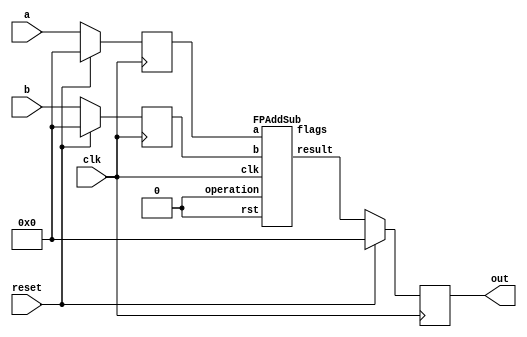
`define BFLOAT16 
`define VCS
`define EXPONENT 8
`define MANTISSA 7
`define EXPONENT 5
`define MANTISSA 10
`define SIGN 1
`define DWIDTH (`SIGN+`EXPONENT+`MANTISSA)
`define AWIDTH 10
`define MEM_SIZE 1024
`define DESIGN_SIZE 12
`define CU_SIZE 4
`define MASK_WIDTH 4
`define MEM_ACCESS_LATENCY 1
`define REG_DATAWIDTH 32
`define REG_ADDRWIDTH 8
`define ITERATIONS_WIDTH 32
`define REG_STDN_ADDR 32'h4
`define REG_MATRIX_A_ADDR 32'he
`define REG_MATRIX_B_ADDR 32'h12
`define REG_MATRIX_C_ADDR 32'h16
`define REG_VALID_MASK_A_ADDR 32'h20
`define REG_VALID_MASK_B_ADDR 32'h5c
`define REG_ITERATIONS_ADDR 32'h40
`define PE_PIPELINE_DEPTH 5
`define IDLE     2'b00
`define W_ENABLE  2'b01
`define R_ENABLE  2'b10

module seq_sub(a, b, out, reset, clk);
input [`DWIDTH-1:0] a;
input [`DWIDTH-1:0] b;
input reset;
input clk;
output [`DWIDTH-1:0] out;

reg [`DWIDTH-1:0] a_flopped;
reg [`DWIDTH-1:0] b_flopped;

wire [`DWIDTH-1:0] sub_out_temp;
reg [`DWIDTH-1:0] sub_out_temp_reg;

always @(posedge clk) begin
  if (reset) begin
    a_flopped <= 0;
    b_flopped <= 0;
  end else begin
    a_flopped <= a;
    b_flopped <= b;
  end
end

//assign sub_out_temp = a - b;
//Floating point adder has both modes - add and sub.
//We don't provide the name of the mode here though.

`ifdef complex_dsp
adder_fp_clk sub_u1(.clk(clk), .a(a_flopped), .b(b_flopped), .out(sub_out_temp));
`else
FPAddSub u_FPAddSub2(.clk(clk), .rst(1'b0), .a(a_flopped), .b(b_flopped), .operation(1'b0), .result(sub_out_temp), .flags());
`endif

always @(posedge clk) begin
  if (reset) begin
    sub_out_temp_reg <= 0;
  end else begin
    sub_out_temp_reg <= sub_out_temp;
  end
end

assign out = sub_out_temp_reg;

endmodule
module FPAddSub(
		//bf16,
		clk,
		rst,
		a,
		b,
		operation,			// 0 add, 1 sub
		result,
		flags
	);
	//input bf16; //1 for Bfloat16, 0 for IEEE half precision

	// Clock and reset
	input clk ;										// Clock signal
	input rst ;										// Reset (active high, resets pipeline registers)
	
	// Input ports
	input [`DWIDTH-1:0] a ;								// Input A, a 32-bit floating point number
	input [`DWIDTH-1:0] b ;								// Input B, a 32-bit floating point number
	input operation ;								// Operation select signal
	
	// Output ports
	output [`DWIDTH-1:0] result ;						// Result of the operation
	output [4:0] flags ;							// Flags indicating exceptions according to IEEE754
	
	// Pipeline Registers
	//reg [79:0] pipe_1;							// Pipeline register PreAlign->Align1
	reg [2*`EXPONENT + 2*`DWIDTH + 5:0] pipe_1;							// Pipeline register PreAlign->Align1

	//reg [67:0] pipe_2;							// Pipeline register Align1->Align3
	//reg [2*`EXPONENT+ 2*`MANTISSA + 8:0] pipe_2;							// Pipeline register Align1->Align3
	wire [2*`EXPONENT+ 2*`MANTISSA + 8:0] pipe_2;

	//reg [76:0] pipe_3;	68						// Pipeline register Align1->Align3
	reg [2*`EXPONENT+ 2*`MANTISSA + 9:0] pipe_3;							// Pipeline register Align1->Align3

	//reg [69:0] pipe_4;							// Pipeline register Align3->Execute
	//reg [2*`EXPONENT+ 2*`MANTISSA + 9:0] pipe_4;							// Pipeline register Align3->Execute
	wire [2*`EXPONENT+ 2*`MANTISSA + 9:0] pipe_4;
	
	//reg [51:0] pipe_5;							// Pipeline register Execute->Normalize
	reg [`DWIDTH+`EXPONENT+11:0] pipe_5;							// Pipeline register Execute->Normalize

	//reg [56:0] pipe_6;							// Pipeline register Nomalize->NormalizeShift1
	//reg [`DWIDTH+`EXPONENT+16:0] pipe_6;							// Pipeline register Nomalize->NormalizeShift1
	wire [`DWIDTH+`EXPONENT+16:0] pipe_6;

	//reg [56:0] pipe_7;							// Pipeline register NormalizeShift2->NormalizeShift3
	//reg [`DWIDTH+`EXPONENT+16:0] pipe_7;							// Pipeline register NormalizeShift2->NormalizeShift3
	wire [`DWIDTH+`EXPONENT+16:0] pipe_7;
	//reg [54:0] pipe_8;							// Pipeline register NormalizeShift3->Round
	reg [`EXPONENT*2+`MANTISSA+15:0] pipe_8;							// Pipeline register NormalizeShift3->Round

	//reg [40:0] pipe_9;							// Pipeline register NormalizeShift3->Round
	//reg [`DWIDTH+8:0] pipe_9;							// Pipeline register NormalizeShift3->Round
	wire [`DWIDTH+8:0] pipe_9;

	// Internal wires between modules
	wire [`DWIDTH-2:0] Aout_0 ;							// A - sign
	wire [`DWIDTH-2:0] Bout_0 ;							// B - sign
	wire Opout_0 ;									// A's sign
	wire Sa_0 ;										// A's sign
	wire Sb_0 ;										// B's sign
	wire MaxAB_1 ;									// Indicates the larger of A and B(0/A, 1/B)
	wire [`EXPONENT-1:0] CExp_1 ;							// Common Exponent
	wire [`EXPONENT-1:0] Shift_1 ;							// Number of steps to smaller mantissa shift right (align)
	wire [`MANTISSA-1:0] Mmax_1 ;							// Larger mantissa
	wire [4:0] InputExc_0 ;						// Input numbers are exceptions
	wire [2*`EXPONENT-1:0] ShiftDet_0 ;
	wire [`MANTISSA-1:0] MminS_1 ;						// Smaller mantissa after 0/16 shift
	wire [`MANTISSA:0] MminS_2 ;						// Smaller mantissa after 0/4/8/12 shift
	wire [`MANTISSA:0] Mmin_3 ;							// Smaller mantissa after 0/1/2/3 shift
	wire [`DWIDTH:0] Sum_4 ;
	wire PSgn_4 ;
	wire Opr_4 ;
	wire [`EXPONENT-1:0] Shift_5 ;							// Number of steps to shift sum left (normalize)
	wire [`DWIDTH:0] SumS_5 ;							// Sum after 0/16 shift
	wire [`DWIDTH:0] SumS_6 ;							// Sum after 0/16 shift
	wire [`DWIDTH:0] SumS_7 ;							// Sum after 0/16 shift
	wire [`MANTISSA-1:0] NormM_8 ;						// Normalized mantissa
	wire [`EXPONENT:0] NormE_8;							// Adjusted exponent
	wire ZeroSum_8 ;								// Zero flag
	wire NegE_8 ;									// Flag indicating negative exponent
	wire R_8 ;										// Round bit
	wire S_8 ;										// Final sticky bit
	wire FG_8 ;										// Final sticky bit
	wire [`DWIDTH-1:0] P_int ;
	wire EOF ;
	
	// Prepare the operands for alignment and check for exceptions
	FPAddSub_PrealignModule PrealignModule
	(	// Inputs
		a, b, operation,
		// Outputs
		Sa_0, Sb_0, ShiftDet_0[2*`EXPONENT-1:0], InputExc_0[4:0], Aout_0[`DWIDTH-2:0], Bout_0[`DWIDTH-2:0], Opout_0) ;
		
	// Prepare the operands for alignment and check for exceptions
	FPAddSub_AlignModule AlignModule
	(	// Inputs
		pipe_1[2*`EXPONENT + 2*`DWIDTH + 4: 2*`EXPONENT +`DWIDTH + 6], pipe_1[2*`EXPONENT +`DWIDTH + 5 :  2*`EXPONENT +7], pipe_1[2*`EXPONENT+4:5],
		// Outputs
		CExp_1[`EXPONENT-1:0], MaxAB_1, Shift_1[`EXPONENT-1:0], MminS_1[`MANTISSA-1:0], Mmax_1[`MANTISSA-1:0]) ;	

	// Alignment Shift Stage 1
	FPAddSub_AlignShift1 AlignShift1
	(  // Inputs
		//bf16, 
		pipe_2[`MANTISSA-1:0], pipe_2[`EXPONENT+ 2*`MANTISSA + 4 : 2*`MANTISSA + 7],
		// Outputs
		MminS_2[`MANTISSA:0]) ;

	// Alignment Shift Stage 3 and compution of guard and sticky bits
	FPAddSub_AlignShift2 AlignShift2  
	(  // Inputs
		pipe_3[`MANTISSA:0], pipe_3[2*`MANTISSA+7:2*`MANTISSA+6],
		// Outputs
		Mmin_3[`MANTISSA:0]) ;
						
	// Perform mantissa addition
	FPAddSub_ExecutionModule ExecutionModule
	(  // Inputs
		pipe_4[`MANTISSA*2+5:`MANTISSA+6], pipe_4[`MANTISSA:0], pipe_4[2*`EXPONENT+ 2*`MANTISSA + 8], pipe_4[2*`EXPONENT+ 2*`MANTISSA + 7], pipe_4[2*`EXPONENT+ 2*`MANTISSA + 6], pipe_4[2*`EXPONENT+ 2*`MANTISSA + 9],
		// Outputs
		Sum_4[`DWIDTH:0], PSgn_4, Opr_4) ;
	
	// Prepare normalization of result
	FPAddSub_NormalizeModule NormalizeModule
	(  // Inputs
		pipe_5[`DWIDTH:0], 
		// Outputs
		SumS_5[`DWIDTH:0], Shift_5[4:0]) ;
					
	// Normalization Shift Stage 1
	FPAddSub_NormalizeShift1 NormalizeShift1
	(  // Inputs
		pipe_6[`DWIDTH:0], pipe_6[`DWIDTH+`EXPONENT+14:`DWIDTH+`EXPONENT+11],
		// Outputs
		SumS_7[`DWIDTH:0]) ;
		
	// Normalization Shift Stage 3 and final guard, sticky and round bits
	FPAddSub_NormalizeShift2 NormalizeShift2
	(  // Inputs
		pipe_7[`DWIDTH:0], pipe_7[`DWIDTH+`EXPONENT+5:`DWIDTH+6], pipe_7[`DWIDTH+`EXPONENT+15:`DWIDTH+`EXPONENT+11],
		// Outputs
		NormM_8[`MANTISSA-1:0], NormE_8[`EXPONENT:0], ZeroSum_8, NegE_8, R_8, S_8, FG_8) ;

	// Round and put result together
	FPAddSub_RoundModule RoundModule
	(  // Inputs
		 pipe_8[3], pipe_8[4+`EXPONENT:4], pipe_8[`EXPONENT+`MANTISSA+4:5+`EXPONENT], pipe_8[1], pipe_8[0], pipe_8[`EXPONENT*2+`MANTISSA+15], pipe_8[`EXPONENT*2+`MANTISSA+12], pipe_8[`EXPONENT*2+`MANTISSA+11], pipe_8[`EXPONENT*2+`MANTISSA+14], pipe_8[`EXPONENT*2+`MANTISSA+10], 
		// Outputs
		P_int[`DWIDTH-1:0], EOF) ;
	
	// Check for exceptions
	FPAddSub_ExceptionModule Exceptionmodule
	(  // Inputs
		pipe_9[8+`DWIDTH:9], pipe_9[8], pipe_9[7], pipe_9[6], pipe_9[5:1], pipe_9[0], 
		// Outputs
		result[`DWIDTH-1:0], flags[4:0]) ;			
	

assign pipe_2 = {pipe_1[2*`EXPONENT + 2*`DWIDTH + 5], pipe_1[2*`EXPONENT +6:2*`EXPONENT +5], MaxAB_1, CExp_1[`EXPONENT-1:0], Shift_1[`EXPONENT-1:0], Mmax_1[`MANTISSA-1:0], pipe_1[4:0], MminS_1[`MANTISSA-1:0]} ;
assign pipe_4 = {pipe_3[2*`EXPONENT+ 2*`MANTISSA + 9:`MANTISSA+1], Mmin_3[`MANTISSA:0]} ;
assign pipe_6 = {pipe_5[`DWIDTH+`EXPONENT+11], Shift_5[4:0], pipe_5[`DWIDTH+`EXPONENT+10:`DWIDTH+1], SumS_5[`DWIDTH:0]} ;
assign pipe_7 = {pipe_6[`DWIDTH+`EXPONENT+16:`DWIDTH+1], SumS_7[`DWIDTH:0]} ;
assign pipe_9 = {P_int[`DWIDTH-1:0], pipe_8[2], pipe_8[1], pipe_8[0], pipe_8[`EXPONENT+`MANTISSA+9:`EXPONENT+`MANTISSA+5], EOF} ;

	always @ (posedge clk) begin	
		if(rst) begin
			pipe_1 <= 0;
			//pipe_2 <= 0;
			pipe_3 <= 0;
			//pipe_4 <= 0;
			pipe_5 <= 0;
			//pipe_6 <= 0;
			//pipe_7 <= 0;
			pipe_8 <= 0;
			//pipe_9 <= 0;
		end 
		else begin
/* PIPE_1:
	[2*`EXPONENT + 2*`DWIDTH + 5]  Opout_0
	[2*`EXPONENT + 2*`DWIDTH + 4: 2*`EXPONENT +`DWIDTH + 6] A_out0
	[2*`EXPONENT +`DWIDTH + 5 :  2*`EXPONENT +7] Bout_0
	[2*`EXPONENT +6] Sa_0
	[2*`EXPONENT +5] Sb_0
	[2*`EXPONENT +4 : 5] ShiftDet_0
	[4:0] Input Exc
*/
			pipe_1 <= {Opout_0, Aout_0[`DWIDTH-2:0], Bout_0[`DWIDTH-2:0], Sa_0, Sb_0, ShiftDet_0[2*`EXPONENT -1:0], InputExc_0[4:0]} ;	
/* PIPE_2
[2*`EXPONENT+ 2*`MANTISSA + 8] operation
[2*`EXPONENT+ 2*`MANTISSA + 7] Sa_0
[2*`EXPONENT+ 2*`MANTISSA + 6] Sb_0
[2*`EXPONENT+ 2*`MANTISSA + 5] MaxAB_0
[2*`EXPONENT+ 2*`MANTISSA + 4:`EXPONENT+ 2*`MANTISSA + 5] CExp_0
[`EXPONENT+ 2*`MANTISSA + 4 : 2*`MANTISSA + 5] Shift_0
[2*`MANTISSA + 4:`MANTISSA + 5] Mmax_0
[`MANTISSA + 4 : `MANTISSA] InputExc_0
[`MANTISSA-1:0] MminS_1
*/
			//pipe_2 <= {pipe_1[2*`EXPONENT + 2*`DWIDTH + 5], pipe_1[2*`EXPONENT +6:2*`EXPONENT +5], MaxAB_1, CExp_1[`EXPONENT-1:0], Shift_1[`EXPONENT-1:0], Mmax_1[`MANTISSA-1:0], pipe_1[4:0], MminS_1[`MANTISSA-1:0]} ;	
/* PIPE_3
[2*`EXPONENT+ 2*`MANTISSA + 9] operation
[2*`EXPONENT+ 2*`MANTISSA + 8] Sa_0
[2*`EXPONENT+ 2*`MANTISSA + 7] Sb_0
[2*`EXPONENT+ 2*`MANTISSA + 6] MaxAB_0
[2*`EXPONENT+ 2*`MANTISSA + 5:`EXPONENT+ 2*`MANTISSA + 6] CExp_0
[`EXPONENT+ 2*`MANTISSA + 5 : 2*`MANTISSA + 6] Shift_0
[2*`MANTISSA + 5:`MANTISSA + 6] Mmax_0
[`MANTISSA + 5 : `MANTISSA + 1] InputExc_0
[`MANTISSA:0] MminS_2
*/
			pipe_3 <= {pipe_2[2*`EXPONENT+ 2*`MANTISSA + 8:`MANTISSA], MminS_2[`MANTISSA:0]} ;	
/* PIPE_4
[2*`EXPONENT+ 2*`MANTISSA + 9] operation
[2*`EXPONENT+ 2*`MANTISSA + 8] Sa_0
[2*`EXPONENT+ 2*`MANTISSA + 7] Sb_0
[2*`EXPONENT+ 2*`MANTISSA + 6] MaxAB_0
[2*`EXPONENT+ 2*`MANTISSA + 5:`EXPONENT+ 2*`MANTISSA + 6] CExp_0
[`EXPONENT+ 2*`MANTISSA + 5 : 2*`MANTISSA + 6] Shift_0
[2*`MANTISSA + 5:`MANTISSA + 6] Mmax_0
[`MANTISSA + 5 : `MANTISSA + 1] InputExc_0
[`MANTISSA:0] MminS_3
*/				
			//pipe_4 <= {pipe_3[2*`EXPONENT+ 2*`MANTISSA + 9:`MANTISSA+1], Mmin_3[`MANTISSA:0]} ;	
/* PIPE_5 :
[`DWIDTH+ `EXPONENT + 11] operation
[`DWIDTH+ `EXPONENT + 10] PSgn_4
[`DWIDTH+ `EXPONENT + 9] Opr_4
[`DWIDTH+ `EXPONENT + 8] Sa_0
[`DWIDTH+ `EXPONENT + 7] Sb_0
[`DWIDTH+ `EXPONENT + 6] MaxAB_0
[`DWIDTH+ `EXPONENT + 5 :`DWIDTH+6] CExp_0
[`DWIDTH+5:`DWIDTH+1] InputExc_0
[`DWIDTH:0] Sum_4
*/					
			pipe_5 <= {pipe_4[2*`EXPONENT+ 2*`MANTISSA + 9], PSgn_4, Opr_4, pipe_4[2*`EXPONENT+ 2*`MANTISSA + 8:`EXPONENT+ 2*`MANTISSA + 6], pipe_4[`MANTISSA+5:`MANTISSA+1], Sum_4[`DWIDTH:0]} ;
/* PIPE_6 :
[`DWIDTH+ `EXPONENT + 16] operation
[`DWIDTH+ `EXPONENT + 15:`DWIDTH+ `EXPONENT + 11] Shift_5
[`DWIDTH+ `EXPONENT + 10] PSgn_4
[`DWIDTH+ `EXPONENT + 9] Opr_4
[`DWIDTH+ `EXPONENT + 8] Sa_0
[`DWIDTH+ `EXPONENT + 7] Sb_0
[`DWIDTH+ `EXPONENT + 6] MaxAB_0
[`DWIDTH+ `EXPONENT + 5 :`DWIDTH+6] CExp_0
[`DWIDTH+5:`DWIDTH+1] InputExc_0
[`DWIDTH:0] Sum_4
*/				
			//pipe_6 <= {pipe_5[`DWIDTH+`EXPONENT+11], Shift_5[4:0], pipe_5[`DWIDTH+`EXPONENT+10:`DWIDTH+1], SumS_5[`DWIDTH:0]} ;	
/* PIPE_7 :
[`DWIDTH+ `EXPONENT + 16] operation
[`DWIDTH+ `EXPONENT + 15:`DWIDTH+ `EXPONENT + 11] Shift_5
[`DWIDTH+ `EXPONENT + 10] PSgn_4
[`DWIDTH+ `EXPONENT + 9] Opr_4
[`DWIDTH+ `EXPONENT + 8] Sa_0
[`DWIDTH+ `EXPONENT + 7] Sb_0
[`DWIDTH+ `EXPONENT + 6] MaxAB_0
[`DWIDTH+ `EXPONENT + 5 :`DWIDTH+6] CExp_0
[`DWIDTH+5:`DWIDTH+1] InputExc_0
[`DWIDTH:0] Sum_4
*/						
			//pipe_7 <= {pipe_6[`DWIDTH+`EXPONENT+16:`DWIDTH+1], SumS_7[`DWIDTH:0]} ;	
/* PIPE_8:
[2*`EXPONENT + `MANTISSA + 15] FG_8 
[2*`EXPONENT + `MANTISSA + 14] operation
[2*`EXPONENT + `MANTISSA + 13] PSgn_4
[2*`EXPONENT + `MANTISSA + 12] Sa_0
[2*`EXPONENT + `MANTISSA + 11] Sb_0
[2*`EXPONENT + `MANTISSA + 10] MaxAB_0
[2*`EXPONENT + `MANTISSA + 9:`EXPONENT + `MANTISSA + 10] CExp_0
[`EXPONENT + `MANTISSA + 9:`EXPONENT + `MANTISSA + 5] InputExc_8
[`EXPONENT + `MANTISSA + 4 :`EXPONENT + 5] NormM_8 
[`EXPONENT + 4 :4] NormE_8
[3] ZeroSum_8
[2] NegE_8
[1] R_8
[0] S_8
*/				
			pipe_8 <= {FG_8, pipe_7[`DWIDTH+`EXPONENT+16], pipe_7[`DWIDTH+`EXPONENT+10], pipe_7[`DWIDTH+`EXPONENT+8:`DWIDTH+1], NormM_8[`MANTISSA-1:0], NormE_8[`EXPONENT:0], ZeroSum_8, NegE_8, R_8, S_8} ;	
/* pipe_9:
[`DWIDTH + 8 :9] P_int
[8] NegE_8
[7] R_8
[6] S_8
[5:1] InputExc_8
[0] EOF
*/				
			//pipe_9 <= {P_int[`DWIDTH-1:0], pipe_8[2], pipe_8[1], pipe_8[0], pipe_8[`EXPONENT+`MANTISSA+9:`EXPONENT+`MANTISSA+5], EOF} ;	
		end
	end		
	
endmodule
module FPAddSub_ExceptionModule(
		Z,
		NegE,
		R,
		S,
		InputExc,
		EOF,
		P,
		Flags
    );
	 
	// Input ports
	input [`DWIDTH-1:0] Z	;					// Final product
	input NegE ;						// Negative exponent?
	input R ;							// Round bit
	input S ;							// Sticky bit
	input [4:0] InputExc ;			// Exceptions in inputs A and B
	input EOF ;
	
	// Output ports
	output [`DWIDTH-1:0] P ;					// Final result
	output [4:0] Flags ;				// Exception flags
	
	// Internal signals
	wire Overflow ;					// Overflow flag
	wire Underflow ;					// Underflow flag
	wire DivideByZero ;				// Divide-by-Zero flag (always 0 in Add/Sub)
	wire Invalid ;						// Invalid inputs or result
	wire Inexact ;						// Result is inexact because of rounding
	
	// Exception flags
	
	// Result is too big to be represented
	assign Overflow = EOF | InputExc[1] | InputExc[0] ;
	
	// Result is too small to be represented
	assign Underflow = NegE & (R | S);
	
	// Infinite result computed exactly from finite operands
	assign DivideByZero = &(Z[`MANTISSA+`EXPONENT-1:`MANTISSA]) & ~|(Z[`MANTISSA+`EXPONENT-1:`MANTISSA]) & ~InputExc[1] & ~InputExc[0];
	
	// Invalid inputs or operation
	assign Invalid = |(InputExc[4:2]) ;
	
	// Inexact answer due to rounding, overflow or underflow
	assign Inexact = (R | S) | Overflow | Underflow;
	
	// Put pieces together to form final result
	assign P = Z ;
	
	// Collect exception flags	
	assign Flags = {Overflow, Underflow, DivideByZero, Invalid, Inexact} ; 	
	
endmodule
module FPAddSub_RoundModule(
		ZeroSum,
		NormE,
		NormM,
		R,
		S,
		G,
		Sa,
		Sb,
		Ctrl,
		MaxAB,
		Z,
		EOF
    );

	// Input ports
	input ZeroSum ;					// Sum is zero
	input [`EXPONENT:0] NormE ;				// Normalized exponent
	input [`MANTISSA-1:0] NormM ;				// Normalized mantissa
	input R ;							// Round bit
	input S ;							// Sticky bit
	input G ;
	input Sa ;							// A's sign bit
	input Sb ;							// B's sign bit
	input Ctrl ;						// Control bit (operation)
	input MaxAB ;
	
	// Output ports
	output [`DWIDTH-1:0] Z ;					// Final result
	output EOF ;
	
	// Internal signals
	wire [`MANTISSA:0] RoundUpM ;			// Rounded up sum with room for overflow
	wire [`MANTISSA-1:0] RoundM ;				// The final rounded sum
	wire [`EXPONENT:0] RoundE ;				// Rounded exponent (note extra bit due to poential overflow	)
	wire RoundUp ;						// Flag indicating that the sum should be rounded up
        wire FSgn;
	wire ExpAdd ;						// May have to add 1 to compensate for overflow 
	wire RoundOF ;						// Rounding overflow
	
	wire [`EXPONENT:0]temp_2;
	assign temp_2 = 0;
	// The cases where we need to round upwards (= adding one) in Round to nearest, tie to even
	assign RoundUp = (G & ((R | S) | NormM[0])) ;
	
	// Note that in the other cases (rounding down), the sum is already 'rounded'
	assign RoundUpM = (NormM + 1) ;								// The sum, rounded up by 1
	assign RoundM = (RoundUp ? RoundUpM[`MANTISSA-1:0] : NormM) ; 	// Compute final mantissa	
	assign RoundOF = RoundUp & RoundUpM[`MANTISSA] ; 				// Check for overflow when rounding up

	// Calculate post-rounding exponent
	assign ExpAdd = (RoundOF ? 1'b1 : 1'b0) ; 				// Add 1 to exponent to compensate for overflow
	assign RoundE = ZeroSum ? temp_2 : (NormE + ExpAdd) ; 							// Final exponent

	// If zero, need to determine sign according to rounding
	assign FSgn = (ZeroSum & (Sa ^ Sb)) | (ZeroSum ? (Sa & Sb & ~Ctrl) : ((~MaxAB & Sa) | ((Ctrl ^ Sb) & (MaxAB | Sa)))) ;

	// Assign final result
	assign Z = {FSgn, RoundE[`EXPONENT-1:0], RoundM[`MANTISSA-1:0]} ;
	
	// Indicate exponent overflow
	assign EOF = RoundE[`EXPONENT];
	
endmodule
module FPAddSub_NormalizeShift2(
		PSSum,
		CExp,
		Shift,
		NormM,
		NormE,
		ZeroSum,
		NegE,
		R,
		S,
		FG
	);
	
	// Input ports
	input [`DWIDTH:0] PSSum ;					// The Pre-Shift-Sum
	input [`EXPONENT-1:0] CExp ;
	input [4:0] Shift ;					// Amount to be shifted

	// Output ports
	output [`MANTISSA-1:0] NormM ;				// Normalized mantissa
	output [`EXPONENT:0] NormE ;					// Adjusted exponent
	output ZeroSum ;						// Zero flag
	output NegE ;							// Flag indicating negative exponent
	output R ;								// Round bit
	output S ;								// Final sticky bit
	output FG ;

	// Internal signals
	wire MSBShift ;						// Flag indicating that a second shift is needed
	wire [`EXPONENT:0] ExpOF ;					// MSB set in sum indicates overflow
	wire [`EXPONENT:0] ExpOK ;					// MSB not set, no adjustment
	
	// Calculate normalized exponent and mantissa, check for all-zero sum
	assign MSBShift = PSSum[`DWIDTH] ;		// Check MSB in unnormalized sum
	assign ZeroSum = ~|PSSum ;			// Check for all zero sum
	assign ExpOK = CExp - Shift ;		// Adjust exponent for new normalized mantissa
	assign NegE = ExpOK[`EXPONENT] ;			// Check for exponent overflow
	assign ExpOF = CExp - Shift + 1'b1 ;		// If MSB set, add one to exponent(x2)
	assign NormE = MSBShift ? ExpOF : ExpOK ;			// Check for exponent overflow
	assign NormM = PSSum[`DWIDTH-1:`EXPONENT+1] ;		// The new, normalized mantissa
	
	// Also need to compute sticky and round bits for the rounding stage
	assign FG = PSSum[`EXPONENT] ; 
	assign R = PSSum[`EXPONENT-1] ;
	assign S = |PSSum[`EXPONENT-2:0] ;
	
endmodule
module FPAddSub_NormalizeShift1(
		MminP,
		Shift,
		Mmin
	);
	
	// Input ports
	input [`DWIDTH:0] MminP ;						// Smaller mantissa after 16|12|8|4 shift
	input [3:0] Shift ;						// Shift amount
	
	// Output ports
	output [`DWIDTH:0] Mmin ;						// The smaller mantissa
	
	reg	  [`DWIDTH:0]		Lvl2;
	wire    [2*`DWIDTH+1:0]    Stage1;	
	reg	  [`DWIDTH:0]		Lvl3;
	wire    [2*`DWIDTH+1:0]    Stage2;	
	integer           i;               	// Loop variable
	
	assign Stage1 = {MminP, MminP};

	always @(*) begin    					// Rotate {0 | 4 | 8 | 12} bits
	  case (Shift[3:2])
			// Rotate by 0
			2'b00: Lvl2 <= Stage1[`DWIDTH:0];       		
			// Rotate by 4
			2'b01: begin for (i=33; i>=17; i=i-1) begin Lvl2[i-33] <= Stage1[i-4]; end Lvl2[3:0] <= 0; end
			// Rotate by 8
			2'b10: begin for (i=33; i>=17; i=i-1) begin Lvl2[i-33] <= Stage1[i-8]; end Lvl2[7:0] <= 0; end
			// Rotate by 12
			2'b11: begin for (i=33; i>=17; i=i-1) begin Lvl2[i-33] <= Stage1[i-12]; end Lvl2[11:0] <= 0; end
	  endcase
	end
	
	assign Stage2 = {Lvl2, Lvl2};

	always @(*) begin   				 		// Rotate {0 | 1 | 2 | 3} bits
	  case (Shift[1:0])
			// Rotate by 0
			2'b00:  Lvl3 <= Stage2[`DWIDTH:0];
			// Rotate by 1
			2'b01: begin for (i=33; i>=17; i=i-1) begin Lvl3[i-`DWIDTH-1] <= Stage2[i-1]; end Lvl3[0] <= 0; end 
			// Rotate by 2
			2'b10: begin for (i=33; i>=17; i=i-1) begin Lvl3[i-`DWIDTH-1] <= Stage2[i-2]; end Lvl3[1:0] <= 0; end
			// Rotate by 3
			2'b11: begin for (i=33; i>=17; i=i-1) begin Lvl3[i-`DWIDTH-1] <= Stage2[i-3]; end Lvl3[2:0] <= 0; end
	  endcase
	end
	
	// Assign outputs
	assign Mmin = Lvl3;						// Take out smaller mantissa			
	
endmodule
module FPAddSub_NormalizeModule(
		Sum,
		Mmin,
		Shift
    );

	// Input ports
	input [`DWIDTH:0] Sum ;					// Mantissa sum including hidden 1 and GRS
	
	// Output ports
	output [`DWIDTH:0] Mmin ;					// Mantissa after 16|0 shift
	output [4:0] Shift ;					// Shift amount
	//Changes in this doesn't matter since even Bfloat16 can't go beyond 7 shift to the mantissa (only 3 bits valid here)  
	// Determine normalization shift amount by finding leading nought
	assign Shift =  ( 
		Sum[16] ? 5'b00000 :	 
		Sum[15] ? 5'b00001 : 
		Sum[14] ? 5'b00010 : 
		Sum[13] ? 5'b00011 : 
		Sum[12] ? 5'b00100 : 
		Sum[11] ? 5'b00101 : 
		Sum[10] ? 5'b00110 : 
		Sum[9] ? 5'b00111 :
		Sum[8] ? 5'b01000 :
		Sum[7] ? 5'b01001 :
		Sum[6] ? 5'b01010 :
		Sum[5] ? 5'b01011 :
		Sum[4] ? 5'b01100 : 5'b01101
	//	Sum[19] ? 5'b01101 :
	//	Sum[18] ? 5'b01110 :
	//	Sum[17] ? 5'b01111 :
	//	Sum[16] ? 5'b10000 :
	//	Sum[15] ? 5'b10001 :
	//	Sum[14] ? 5'b10010 :
	//	Sum[13] ? 5'b10011 :
	//	Sum[12] ? 5'b10100 :
	//	Sum[11] ? 5'b10101 :
	//	Sum[10] ? 5'b10110 :
	//	Sum[9] ? 5'b10111 :
	//	Sum[8] ? 5'b11000 :
	//	Sum[7] ? 5'b11001 : 5'b11010
	);
	
	reg	  [`DWIDTH:0]		Lvl1;
	
	always @(*) begin
		// Rotate by 16?
		Lvl1 <= Shift[4] ? {Sum[8:0], 8'b00000000} : Sum; 
	end
	
	// Assign outputs
	assign Mmin = Lvl1;						// Take out smaller mantissa

endmodule
module FPAddSub_ExecutionModule(
		Mmax,
		Mmin,
		Sa,
		Sb,
		MaxAB,
		OpMode,
		Sum,
		PSgn,
		Opr
    );

	// Input ports
	input [`MANTISSA-1:0] Mmax ;					// The larger mantissa
	input [`MANTISSA:0] Mmin ;					// The smaller mantissa
	input Sa ;								// Sign bit of larger number
	input Sb ;								// Sign bit of smaller number
	input MaxAB ;							// Indicates the larger number (0/A, 1/B)
	input OpMode ;							// Operation to be performed (0/Add, 1/Sub)
	
	// Output ports
	output [`DWIDTH:0] Sum ;					// The result of the operation
	output PSgn ;							// The sign for the result
	output Opr ;							// The effective (performed) operation

	wire [`EXPONENT-1:0]temp_1;

	assign Opr = (OpMode^Sa^Sb); 		// Resolve sign to determine operation
	assign temp_1 = 0;
	// Perform effective operation
//SAMIDH_UNSURE 5--> 8

	assign Sum = (OpMode^Sa^Sb) ? ({1'b1, Mmax, temp_1} - {Mmin, temp_1}) : ({1'b1, Mmax, temp_1} + {Mmin, temp_1}) ;
	
	// Assign result sign
	assign PSgn = (MaxAB ? Sb : Sa) ;

endmodule
module FPAddSub_AlignShift2(
		MminP,
		Shift,
		Mmin
	);
	
	// Input ports
	input [`MANTISSA:0] MminP ;						// Smaller mantissa after 16|12|8|4 shift
	input [1:0] Shift ;						// Shift amount. Last 2 bits
	
	// Output ports
	output [`MANTISSA:0] Mmin ;						// The smaller mantissa
	
	// Internal Signal
	reg	  [`MANTISSA:0]		Lvl3;
	wire    [2*`MANTISSA+1:0]    Stage2;	
	integer           j;               // Loop variable
	
	assign Stage2 = {11'b0, MminP};

	always @(*) begin    // Rotate {0 | 1 | 2 | 3} bits
	  case (Shift[1:0])
			// Rotate by 0
			2'b00:  Lvl3 <= Stage2[`MANTISSA:0];   
			// Rotate by 1
			2'b01:  begin for (j=0; j<=`MANTISSA; j=j+1)  begin Lvl3[j] <= Stage2[j+1]; end Lvl3[`MANTISSA] <= 0; end 
			// Rotate by 2
			2'b10:  begin for (j=0; j<=`MANTISSA; j=j+1)  begin Lvl3[j] <= Stage2[j+2]; end Lvl3[`MANTISSA:`MANTISSA-1] <= 0; end 
			// Rotate by 3
			2'b11:  begin for (j=0; j<=`MANTISSA; j=j+1)  begin Lvl3[j] <= Stage2[j+3]; end Lvl3[`MANTISSA:`MANTISSA-2] <= 0; end 	  
	  endcase
	end
	
	// Assign output
	assign Mmin = Lvl3;						// Take out smaller mantissa				

endmodule
module FPAddSub_AlignShift1(
		//bf16,
		MminP,
		Shift,
		Mmin
	);
	
	// Input ports
	//input bf16;
	input [`MANTISSA-1:0] MminP ;						// Smaller mantissa after 16|12|8|4 shift
	input [`EXPONENT-3:0] Shift ;						// Shift amount. Last 2 bits of shifting are done in next stage. Hence, we have [`EXPONENT - 2] bits
	
	// Output ports
	output [`MANTISSA:0] Mmin ;						// The smaller mantissa
	

	wire bf16;
	assign bf16 = 1'b1; //hardcoding to 1, to avoid ODIN issue. a `ifdef here wasn't working. apparently, nested `ifdefs don't work

	// Internal signals
	reg	  [`MANTISSA:0]		Lvl1;
	reg	  [`MANTISSA:0]		Lvl2;
	wire    [2*`MANTISSA+1:0]    Stage1;	
	integer           i;                // Loop variable

	wire [`MANTISSA:0] temp_0; 

assign temp_0 = 0;

	always @(*) begin
		if (bf16 == 1'b1) begin						
//hardcoding for bfloat16
	//For bfloat16, we can shift the mantissa by a max of 7 bits since mantissa has a width of 7. 
	//Hence if either, bit[3]/bit[4]/bit[5]/bit[6]/bit[7] is 1, we can make it 0. This corresponds to bits [5:1] in our updated shift which doesn't contain last 2 bits.
		//Lvl1 <= (Shift[1]|Shift[2]|Shift[3]|Shift[4]|Shift[5]) ? {temp_0} : {1'b1, MminP};  // MANTISSA + 1 width	
		Lvl1 <= (|Shift[`EXPONENT-3:1]) ? {temp_0} : {1'b1, MminP};  // MANTISSA + 1 width	
		end
		else begin
		//for half precision fp16, 10 bits can be shifted. Hence, only shifts till 10 (01010)can be made. 
		Lvl1 <= Shift[2] ? {temp_0} : {1'b1, MminP};
		end
	end
	
	assign Stage1 = { temp_0, Lvl1}; //2*MANTISSA + 2 width

	always @(*) begin    					// Rotate {0 | 4 } bits
	if(bf16 == 1'b1) begin
	  case (Shift[0])
			// Rotate by 0	
			1'b0:  Lvl2 <= Stage1[`MANTISSA:0];       			
			// Rotate by 4	
			1'b1:  begin for (i=0; i<=`MANTISSA; i=i+1) begin Lvl2[i] <= Stage1[i+4]; end Lvl2[`MANTISSA:`MANTISSA-3] <= 0; end
	  endcase
	end
	else begin
	  case (Shift[1:0])					// Rotate {0 | 4 | 8} bits
			// Rotate by 0	
			2'b00:  Lvl2 <= Stage1[`MANTISSA:0];       			
			// Rotate by 4	
			2'b01:  begin for (i=0; i<=`MANTISSA; i=i+1) begin Lvl2[i] <= Stage1[i+4]; end Lvl2[`MANTISSA:`MANTISSA-3] <= 0; end
			// Rotate by 8
			2'b10:  begin for (i=0; i<=`MANTISSA; i=i+1) begin Lvl2[i] <= Stage1[i+8]; end Lvl2[`MANTISSA:`MANTISSA-7] <= 0; end
			// Rotate by 12	
			2'b11: Lvl2[`MANTISSA: 0] <= 0; 
			//2'b11:  begin for (i=0; i<=`MANTISSA; i=i+1) begin Lvl2[i] <= Stage1[i+12]; end Lvl2[`MANTISSA:`MANTISSA-12] <= 0; end
	  endcase
	end
	end

	// Assign output to next shift stage
	assign Mmin = Lvl2;
	
endmodule
module FPAddSub_AlignModule (
		A,
		B,
		ShiftDet,
		CExp,
		MaxAB,
		Shift,
		Mmin,
		Mmax
	);
	
	// Input ports
	input [`DWIDTH-2:0] A ;								// Input A, a 32-bit floating point number
	input [`DWIDTH-2:0] B ;								// Input B, a 32-bit floating point number
	input [2*`EXPONENT-1:0] ShiftDet ;
	
	// Output ports
	output [`EXPONENT-1:0] CExp ;							// Common Exponent
	output MaxAB ;									// Incidates larger of A and B (0/A, 1/B)
	output [`EXPONENT-1:0] Shift ;							// Number of steps to smaller mantissa shift right
	output [`MANTISSA-1:0] Mmin ;							// Smaller mantissa 
	output [`MANTISSA-1:0] Mmax ;							// Larger mantissa
	
	// Internal signals
	//wire BOF ;										// Check for shifting overflow if B is larger
	//wire AOF ;										// Check for shifting overflow if A is larger
	
	assign MaxAB = (A[`DWIDTH-2:0] < B[`DWIDTH-2:0]) ;	
	//assign BOF = ShiftDet[9:5] < 25 ;		// Cannot shift more than 25 bits
	//assign AOF = ShiftDet[4:0] < 25 ;		// Cannot shift more than 25 bits
	
	// Determine final shift value
	//assign Shift = MaxAB ? (BOF ? ShiftDet[9:5] : 5'b11001) : (AOF ? ShiftDet[4:0] : 5'b11001) ;
	
	assign Shift = MaxAB ? ShiftDet[2*`EXPONENT-1:`EXPONENT] : ShiftDet[`EXPONENT-1:0] ;
	
	// Take out smaller mantissa and append shift space
	assign Mmin = MaxAB ? A[`MANTISSA-1:0] : B[`MANTISSA-1:0] ; 
	
	// Take out larger mantissa	
	assign Mmax = MaxAB ? B[`MANTISSA-1:0]: A[`MANTISSA-1:0] ;	
	
	// Common exponent
	assign CExp = (MaxAB ? B[`MANTISSA+`EXPONENT-1:`MANTISSA] : A[`MANTISSA+`EXPONENT-1:`MANTISSA]) ;		
	
endmodule
module FPAddSub_PrealignModule(
		A,
		B,
		operation,
		Sa,
		Sb,
		ShiftDet,
		InputExc,
		Aout,
		Bout,
		Opout
	);
	
	// Input ports
	input [`DWIDTH-1:0] A ;										// Input A, a 32-bit floating point number
	input [`DWIDTH-1:0] B ;										// Input B, a 32-bit floating point number
	input operation ;
	
	// Output ports
	output Sa ;												// A's sign
	output Sb ;												// B's sign
	output [2*`EXPONENT-1:0] ShiftDet ;
	output [4:0] InputExc ;								// Input numbers are exceptions
	output [`DWIDTH-2:0] Aout ;
	output [`DWIDTH-2:0] Bout ;
	output Opout ;
	
	// Internal signals									// If signal is high...
	wire ANaN ;												// A is a NaN (Not-a-Number)
	wire BNaN ;												// B is a NaN
	wire AInf ;												// A is infinity
	wire BInf ;												// B is infinity
	wire [`EXPONENT-1:0] DAB ;										// ExpA - ExpB					
	wire [`EXPONENT-1:0] DBA ;										// ExpB - ExpA	
	
	assign ANaN = &(A[`DWIDTH-2:`DWIDTH-1-`EXPONENT]) & |(A[`MANTISSA-1:0]) ;		// All one exponent and not all zero mantissa - NaN
	assign BNaN = &(B[`DWIDTH-2:`DWIDTH-1-`EXPONENT]) & |(B[`MANTISSA-1:0]);		// All one exponent and not all zero mantissa - NaN
	assign AInf = &(A[`DWIDTH-2:`DWIDTH-1-`EXPONENT]) & ~|(A[`MANTISSA-1:0]) ;	// All one exponent and all zero mantissa - Infinity
	assign BInf = &(B[`DWIDTH-2:`DWIDTH-1-`EXPONENT]) & ~|(B[`MANTISSA-1:0]) ;	// All one exponent and all zero mantissa - Infinity
	
	// Put all flags into exception vector
	assign InputExc = {(ANaN | BNaN | AInf | BInf), ANaN, BNaN, AInf, BInf} ;
	
	//assign DAB = (A[30:23] - B[30:23]) ;
	//assign DBA = (B[30:23] - A[30:23]) ;
	assign DAB = (A[`DWIDTH-2:`MANTISSA] + ~(B[`DWIDTH-2:`MANTISSA]) + 1) ;
	assign DBA = (B[`DWIDTH-2:`MANTISSA] + ~(A[`DWIDTH-2:`MANTISSA]) + 1) ;
	
	assign Sa = A[`DWIDTH-1] ;									// A's sign bit
	assign Sb = B[`DWIDTH-1] ;									// B's sign	bit
	assign ShiftDet = {DBA[`EXPONENT-1:0], DAB[`EXPONENT-1:0]} ;		// Shift data
	assign Opout = operation ;
	assign Aout = A[`DWIDTH-2:0] ;
	assign Bout = B[`DWIDTH-2:0] ;
	
endmodule